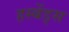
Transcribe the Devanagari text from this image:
हस्बेंड्स